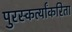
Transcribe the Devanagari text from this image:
पुरस्कर्त्यांकरिता